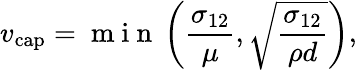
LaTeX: v_{\mathrm{{cap}}}=\mathrm{~m~i~n~}\left(\frac{\sigma_{12}}{\mu},\sqrt{\frac{\sigma_{12}}{\rho d}}\right),